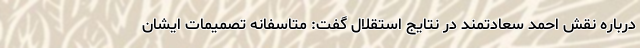
درباره نقش احمد سعادتمند در نتایج استقلال گفت: متاسفانه تصمیمات ایشان